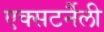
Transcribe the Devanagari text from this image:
एक्सटर्नैली